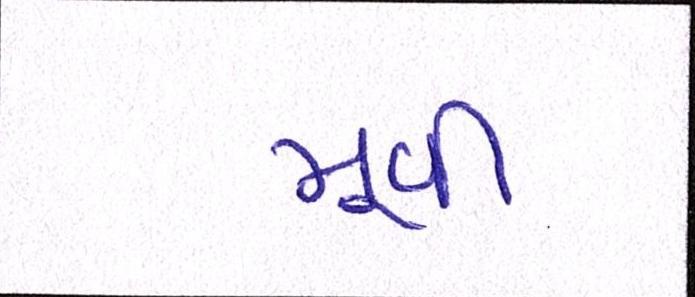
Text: મૂવી